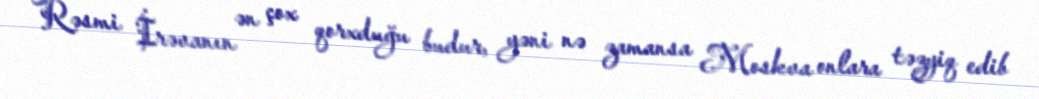
Rəsmi İrəvanın ən çox qorxduğu budur, yəni nə zamansa Moskva onlara təzyiq edib